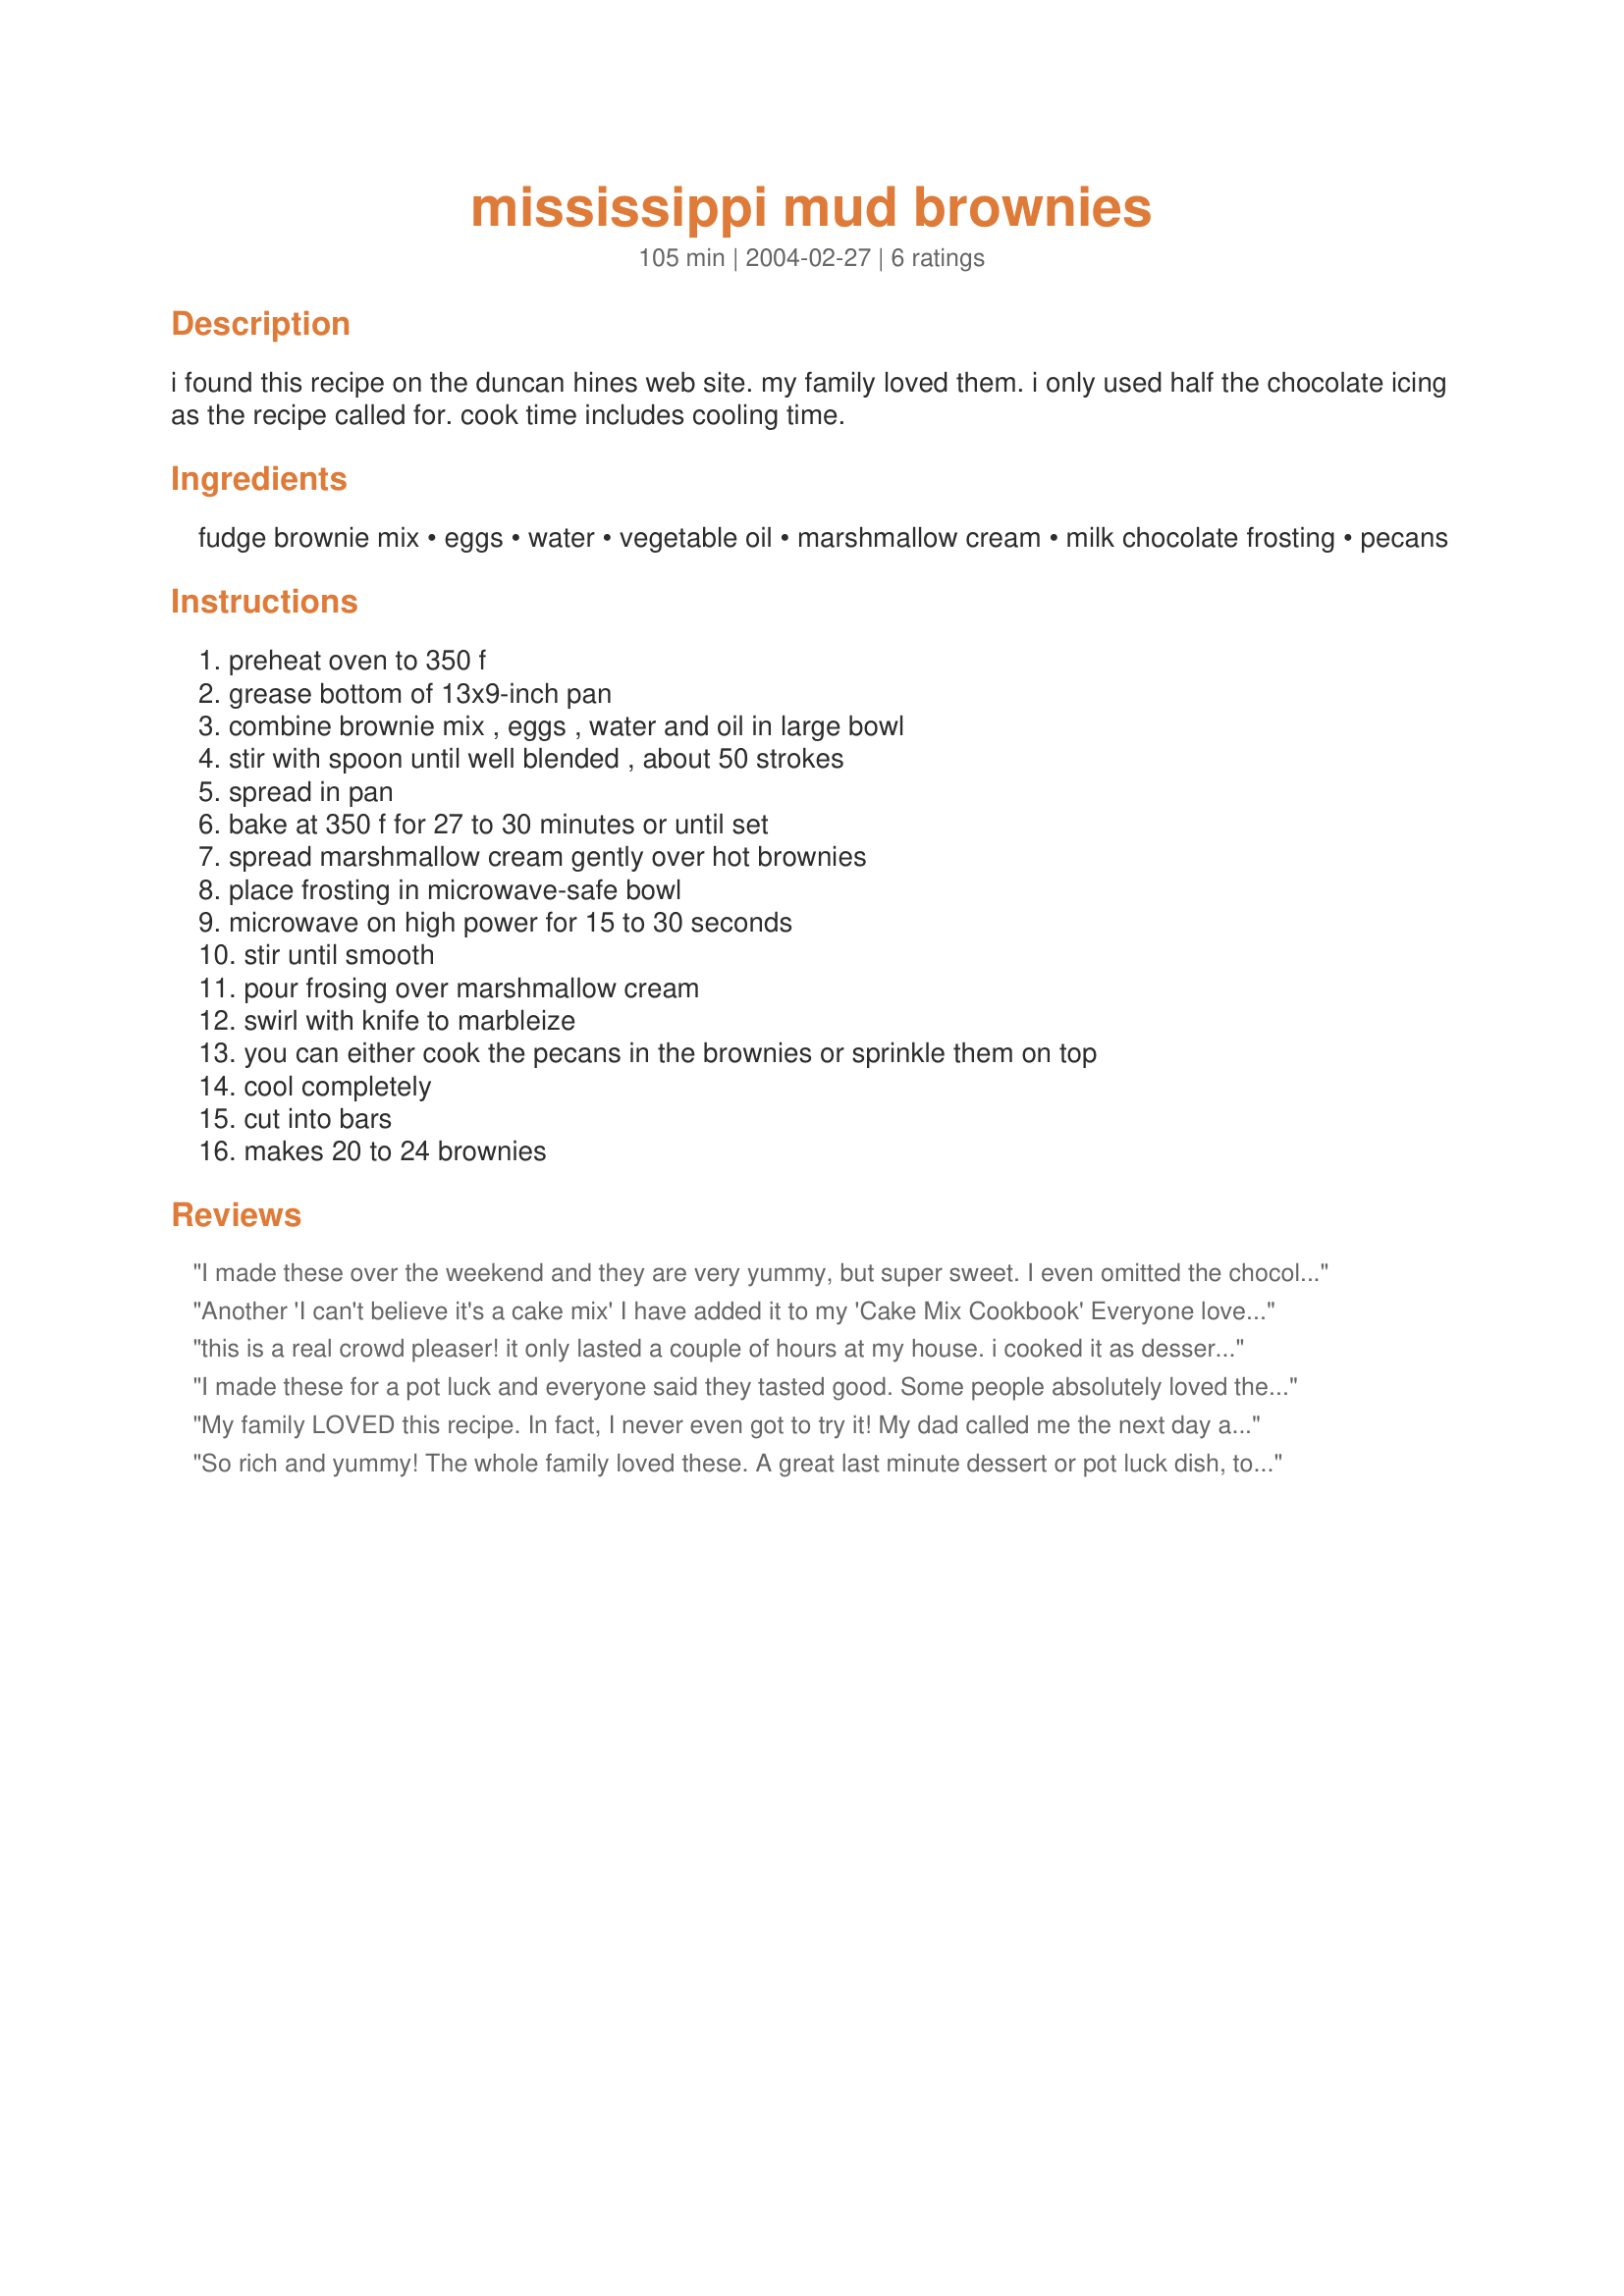
mississippi mud brownies
Preparation time: 105 minutes

i found this recipe on the duncan hines web site. my family loved them. i only used half the chocolate icing as the recipe called for. cook time includes cooling time.

Ingredients:
fudge brownie mix, eggs, water, vegetable oil, marshmallow cream, milk chocolate frosting, pecans

Steps:
preheat oven to 350 f, grease bottom of 13x9-inch pan, combine brownie mix , eggs , water and oil in large bowl, stir with spoon until well blended , about 50 strokes, spread in pan, bake at 350 f for 27 to 30 minutes or until set, spread marshmallow cream gently over hot brownies, place frosting in microwave-safe bowl, microwave on high power for 15 to 30 seconds, stir until smooth, pour frosing over marshmallow cream, swirl with knife to marbleize, you can either cook the pecans in the brownies or sprinkle them on top, cool completely, cut into bars, makes 20 to 24 brownies

Reviews:
I made these over the weekend and they are very yummy, but super sweet. I even omitted the chocolate frosting and swirled in some melted chocolate chips instead and it was still so sweet. I could only eat one at a time, but that's not such a bad thing!
Another 'I can't believe it's a cake mix' I have added it to my 'Cake Mix Cookbook' Everyone loved it. Not having used cake mixes until very recently I was absolutely delighted with this recipe. I made as directed but made my own frosting using the micro wave as I always do to make a 'fudgy' frosting Adding the pecans makes for a perfect dessert. Special enough to serve to company with or without the pecans! Thank you for posting.
this is a real crowd pleaser! it only lasted a couple of hours at my house. i cooked it as dessert for Sunday dinner. i used pecans, use them liberally if you like them. that goes for whatever kinda nut you like.
I made these for a pot luck and everyone said they tasted good. Some people absolutely loved them, and others said they were good but too sweet. I thought they were good but too sweet for my taste. I will definately make them again for potlucks. People who enjoy desserts that are very sweet really love these brownies. Thanks for posting this recipe.
My family LOVED this recipe. In fact, I never even got to try it! My dad called me the next day and asked me if I could come over and make it again. Instead of the canned frosting, I actually made my own and used <a href="/123920">Grandma's Chocolate Fudge Frosting</a>-"Grandma's Chocolate Fudge Frosting." It was awesome! Thanks Kathy.
So rich and yummy! The whole family loved these. A great last minute dessert or pot luck dish, too, as it goes together in a flash. I took JLBurnell's suggestion and used recipe #123920 which was extremely easy, but still rich and chocolately. A great combination. This one's a keeper! Thanks for sharing the recipe!
